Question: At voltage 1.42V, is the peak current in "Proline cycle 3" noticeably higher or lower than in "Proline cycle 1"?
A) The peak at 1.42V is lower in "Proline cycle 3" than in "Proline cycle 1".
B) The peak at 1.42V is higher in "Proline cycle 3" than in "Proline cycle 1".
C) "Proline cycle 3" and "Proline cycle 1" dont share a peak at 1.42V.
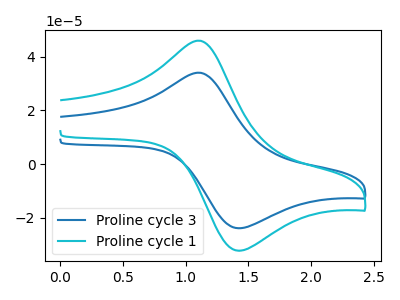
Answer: <think>The blue curve "Proline cycle 3" has an anodic peak at (1.10V, 34.05uA) and a cathodic peak at (1.40V, -23.95uA). The cyan curve "Proline cycle 1" has an anodic peak at (1.10V, 46.00uA) and a cathodic peak at (1.40V, -32.30uA).</think>
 <answer>A) The peak at 1.42V is lower in "Proline cycle 3" than in "Proline cycle 1".</answer>
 <eval>A</eval>